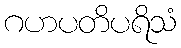
ဂဟပတိပရိသံ